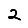
Digit: 2